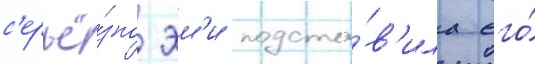
с'ерьё́зно эм'и подста́в'ила его́